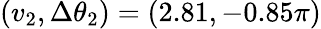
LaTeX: (v_{2},\Delta\theta_{2})=(2.81,-0.85\pi)